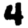
Digit: 4